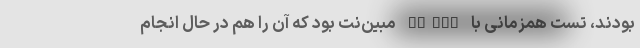
بودند، تست همزمانی با TD-LTE مبین‌نت بود که آن را هم در حال انجام